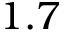
1 . 7